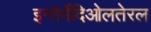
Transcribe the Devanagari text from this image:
इन्तेर्मेदिओलतेरल